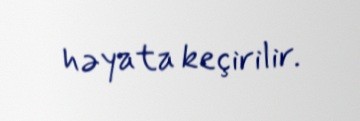
həyata keçirilir.